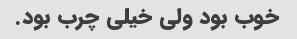
خوب بود ولی خیلی چرب بود.